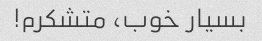
بسیار خوب، متشکرم!